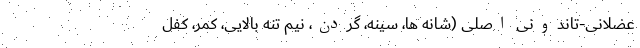
عضلانی-تاندونی اصلی (شانه ها، سینه، گردن، نیم تنه بالایی، کمر، کفل